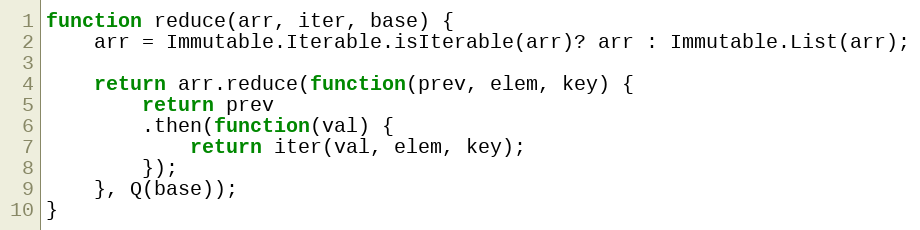
Language: JavaScript
function reduce(arr, iter, base) {
    arr = Immutable.Iterable.isIterable(arr)? arr : Immutable.List(arr);

    return arr.reduce(function(prev, elem, key) {
        return prev
        .then(function(val) {
            return iter(val, elem, key);
        });
    }, Q(base));
}